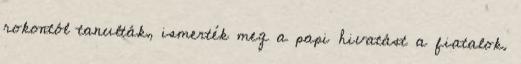
rokontól tanulták, ismerték meg a papi hivatást a fiatalok.